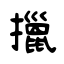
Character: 擸